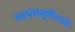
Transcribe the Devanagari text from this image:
स्वयंसंतुष्टीसाठी